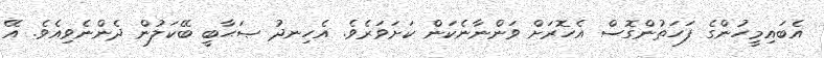
އެބައިމީހުންގެ ފަހަތުންގޮސް އެހޮރަށް ވަންނާނެކަން ކަށަވަރެވެ. އެހިނދު ޞަޙާބީ ބޭކަލުން ދެންނެވިއެވެ. އޭ